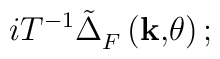
iT^{-1}\tilde{\Delta}_F^{}\left( \mathbf{k,}\theta \right) ;